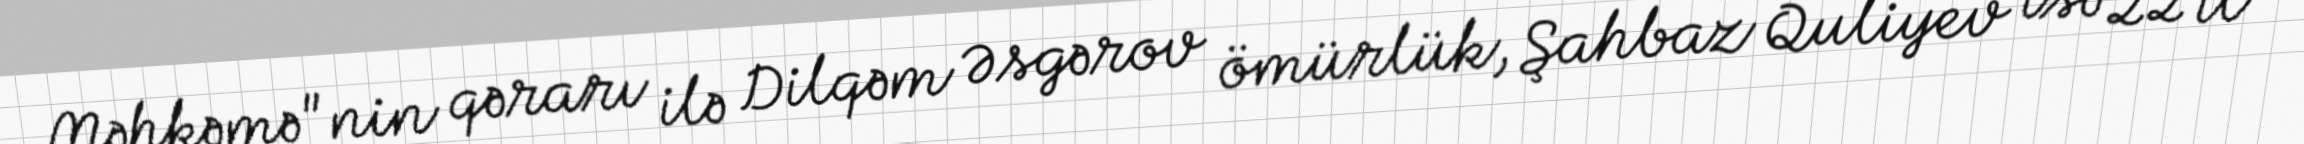
Məhkəmə"nin qərarı ilə Dilqəm Əsgərov ömürlük, Şahbaz Quliyev isə 22 il